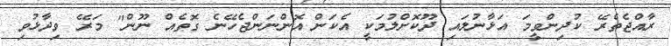
ރާއްޖެތެރޭ ކުދިންވީމަ އަޅާނުލައި ދޫކޮށްލުމަކީ އެކަން އޮންނަންޖެހޭނެ ގޮތެއް ނޫން" މަރޭ ވިދާޅުވި